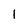
Character: I